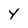
Character: y